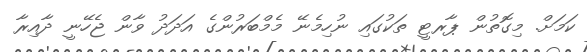
ކަމަށް. މިގޮތުން ޕާރޓީ ތަކުގައި ނުހިމެނޭ މެމްބަރުންގެ އަދަދު ވާން ޖެހޭނީ ދާއިރާ